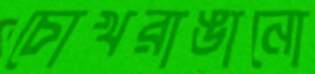
চোখরাঙানো